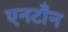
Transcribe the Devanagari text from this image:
एनटाँन